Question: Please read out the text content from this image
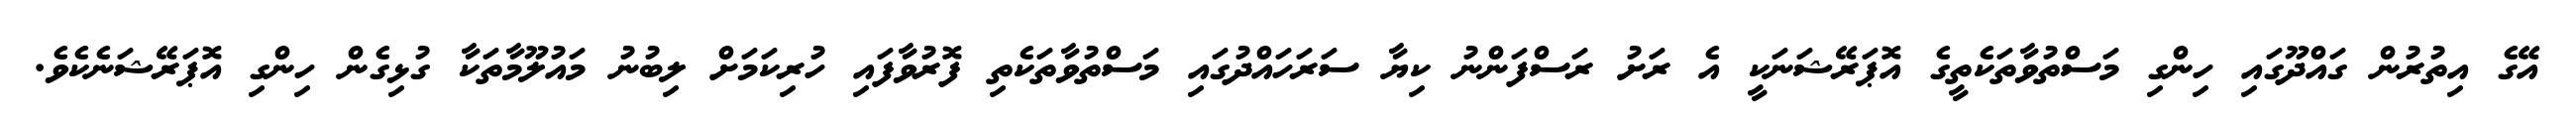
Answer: އޭގެ އިތުރުން ގައްދޫގައި ހިންގި މަސްތުވާތަކެތީގެ އޮޕަރޭޝަނަކީ އެ ރަށު ރަސްފަންނު ކިޔާ ސަރަހައްދުގައި މަސްތުވާތަކެތި ފޮރުވާފައި ހުރިކަމަށް ލިބުނު މައުލޫމާތަކާ ގުޅިގެން ހިންގި އޮޕަރޭޝަނެކެވެ.